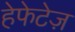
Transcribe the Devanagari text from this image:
हेफेटेज़